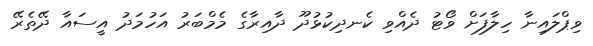
ވިޕްލައިނާ ހިލާފަށް ވޯޓު ދެއްވި ކެނދިކުޅުދޫ ދާއިރާގެ މެމްބަރު އަހުމަދު އީސައާ ދޭތެރޭ